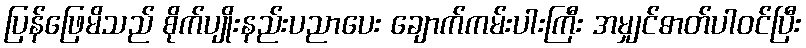
ပြန်ဖြေမိသည် စိုက်ပျိုးနည်းပညာပေး ချောက်ကမ်းပါးကြီး အမျှင်ဓာတ်ပါဝင်ပြီး